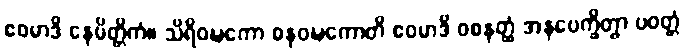
ဧဝမာဒိ နေမိတ္တိကံ။ သိရိဝဍ္ဎကော ဓနဝဍ္ဎကောတိ ဧဝမာဒိ ဝစနတ္ထံ အနပေက္ခိတွာ ပဝတ္တံ